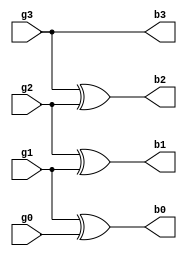
module Grey_to_binary_converter(output b3, b2, b1, b0,
			input g3, g2, g1, g0);
  assign b3 = g3;
  assign b2 = g3 ^ g2;
  assign b1 = g2 ^ g1;
  assign b0 = g1 ^ g0;
endmodule